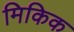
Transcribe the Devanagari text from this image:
मिकिक